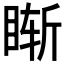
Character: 𥇢